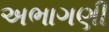
અભાગણી